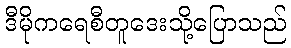
ဒီမိုကရေစီတူဒေးသို့ပြောသည်